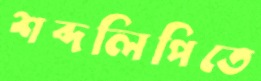
শব্দলিপিতে